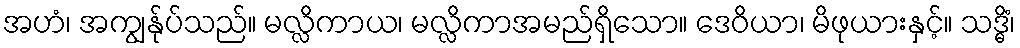
အဟံ၊ အကျွန်ုပ်သည်။ မလ္လိကာယ၊ မလ္လိကာအမည်ရှိသော။ ဒေဝိယာ၊ မိဖုယားနှင့်။ သဒ္ဓိံ၊